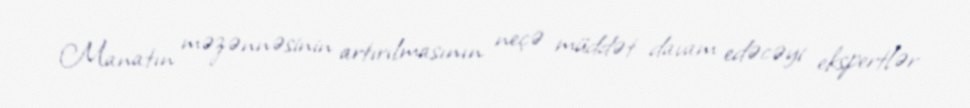
Manatın məzənnəsinin artırılmasının neçə müddət davam edəcəyi ekspertlər